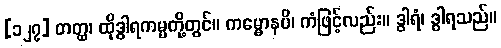
[၁၂၇] တတ္ထ၊ ထိုဒွါရကမ္မတို့တွင်။ ကမ္မောနပိ၊ ကံဖြင့်လည်း။ ဒွါရံ၊ ဒွါရသည်။